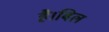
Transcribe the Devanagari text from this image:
है।बिल